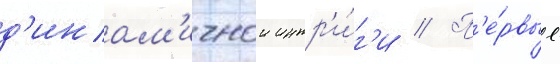
д'инам'ичнои интр'и́г'и // П'е́рвые